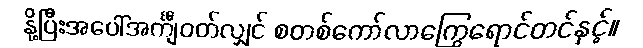
နို့ပြီးအပေါ်အင်္ကျီဝတ်လျှင် စတစ်ကော်လာကြွေရောင်တင်နှင့်။